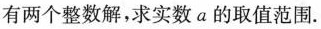
有两个整数解，求实数a的取值范围.